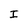
Character: I